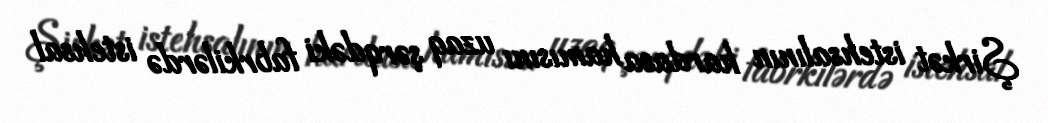
Şirkət istehsalının hardasa hamısını uzaq şərqdəki fabrkilərdə istehsal